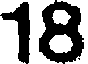
18